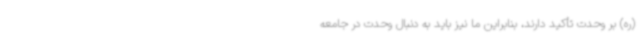
(ره) بر وحدت تأکید دارند، بنابراین ما نیز باید به دنبال وحدت در جامعه